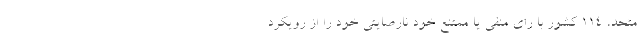
متحد، ۱۱۴ کشور با رای منفی یا ممتنع خود نارصایتی خود را از رویکرد